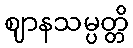
ဈာနသမ္ပတ္တိ